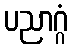
ပညာဂ္ဂံ